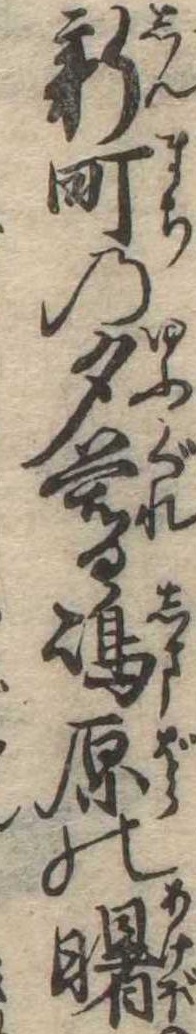
新町の夕暮島原の曙